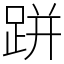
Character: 跰